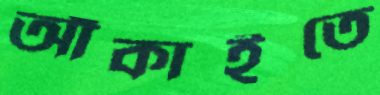
আঁকাইতে